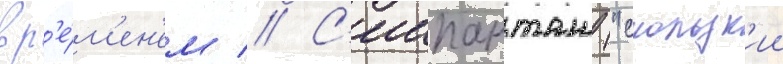
вр'е́м'ен'ем // С'иипанташ ("скользк'ии